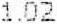
1.02